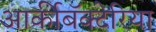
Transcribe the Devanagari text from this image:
आर्कीबॅक्टेरिया